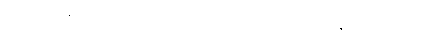
အဟံ၊ ငါဘုရားသည်။ ဝဒါမိ၊ ဟောတော်မူ၏။ ဘိက္ခဝေ၊ ရဟန်းတို့။ ဧဝရူပေါပိ၊